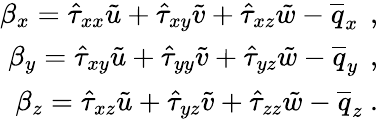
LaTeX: \begin{array}{r}{\beta_{x}=\hat{\tau}_{xx}\tilde{u}+\hat{\tau}_{xy}\tilde{v}+\hat{\tau}_{xz}\tilde{w}-\overline{{q}}_{x}\, \mathrm{~,~}}\\ {\beta_{y}=\hat{\tau}_{xy}\tilde{u}+\hat{\tau}_{yy}\tilde{v}+\hat{\tau}_{yz}\tilde{w}-\overline{{q}}_{y}\, \mathrm{~,~}}\\ {\beta_{z}=\hat{\tau}_{xz}\tilde{u}+\hat{\tau}_{yz}\tilde{v}+\hat{\tau}_{zz}\tilde{w}-\overline{{q}}_{z}\mathrm{~.~}}\end{array}